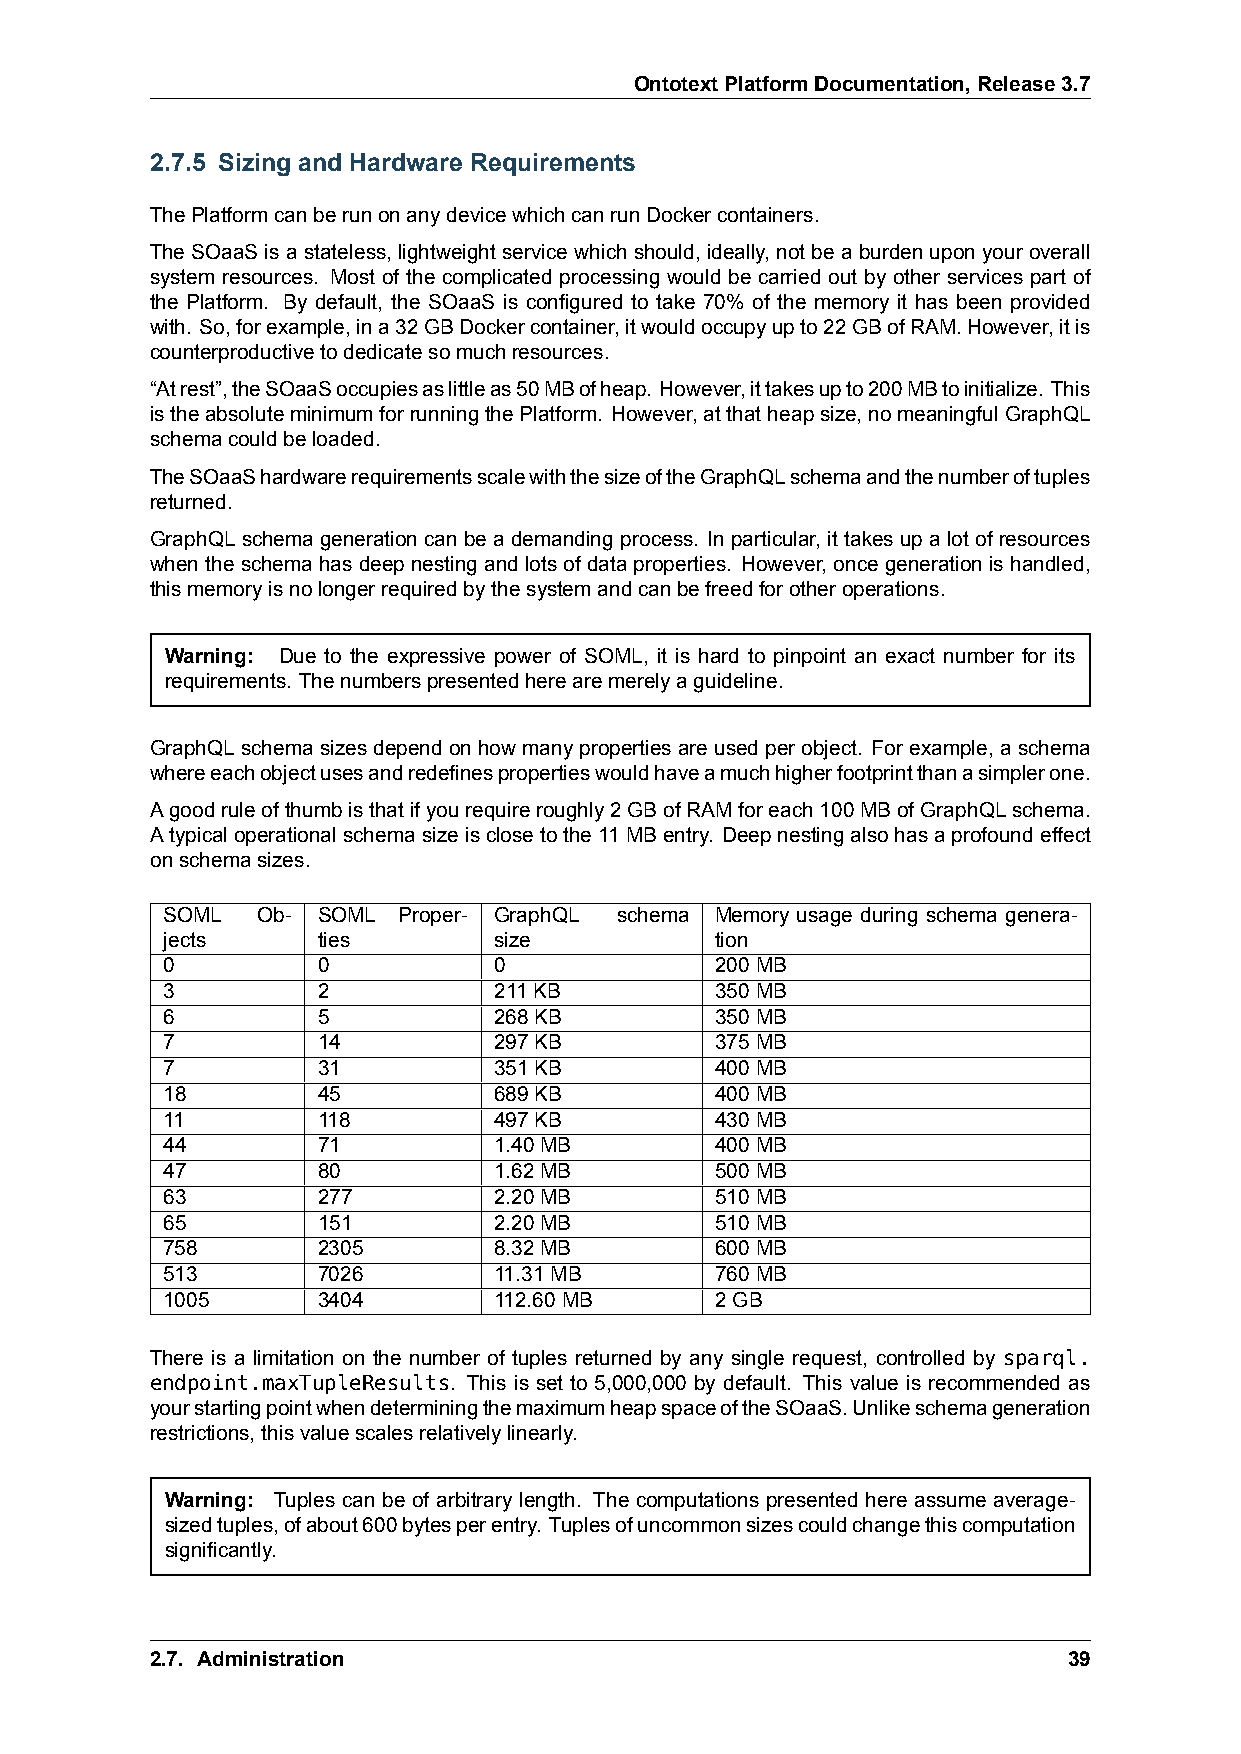
OntotextPlatformDocumentation,Release3.7
 2.7.5 Sizing and Hardware Requirements
 ThePlatformcanberunonanydevicewhichcanrunDockercontainers.
 TheSOaaS is a stateless, lightweight service which should, ideally, not be a burdenupon your overall
 system resources. Most of the complicated processing would be carried out by other services part of
 the Platform. By default, the SOaaS is configured to take 70% of the memory it has been provided
 with. So,forexample,ina32GBDockercontainer,itwouldoccupyupto22GBofRAM.However,itis
 counterproductivetodedicatesomuchresources.
 “Atrest”,theSOaaSoccupiesaslittleas50MBofheap. However,ittakesupto200MBtoinitialize. This
 istheabsoluteminimumforrunningthePlatform. However,atthatheapsize,nomeaningfulGraphQL
 schemacouldbeloaded.
 TheSOaaShardwarerequirementsscalewiththesizeoftheGraphQLschemaandthenumberoftuples
 returned.
 GraphQLschemagenerationcanbeademandingprocess. Inparticular, ittakesupalotofresources
 whentheschemahasdeepnestingandlotsofdataproperties. However, oncegenerationishandled,
 thismemoryisnolongerrequiredbythesystemandcanbefreedforotheroperations.
 Warning: Due to the expressive power of SOML, it is hard to pinpoint an exact number for its
 requirements. Thenumberspresentedherearemerelyaguideline.
 GraphQLschemasizesdependonhowmanypropertiesareusedperobject. Forexample, aschema
 whereeachobjectusesandredefinespropertieswouldhaveamuchhigherfootprintthanasimplerone.
 Agoodruleofthumbisthatifyourequireroughly2GBofRAMforeach100MBofGraphQLschema.
 Atypicaloperationalschemasizeisclosetothe11MBentry. Deepnestingalsohasaprofoundeffect
 onschemasizes.
 SOML  Ob- SOML Proper- GraphQL schema Memory usage during schema genera-
 jects     ties        size          tion
 0         0           0             200MB
 3         2           211KB         350MB
 6         5           268KB         350MB
 7         14          297KB         375MB
 7         31          351KB         400MB
 18        45          689KB         400MB
 11        118         497KB         430MB
 44        71          1.40MB        400MB
 47        80          1.62MB        500MB
 63        277         2.20MB        510MB
 65        151         2.20MB        510MB
 758       2305        8.32MB        600MB
 513       7026        11.31MB       760MB
 1005      3404        112.60MB      2GB
 There is a limitation on the number of tuples returned by any single request, controlled by sparql.
 endpoint.maxTupleResults. This is set to 5,000,000 by default. This value is recommended as
 yourstartingpointwhendeterminingthemaximumheapspaceoftheSOaaS.Unlikeschemageneration
 restrictions,thisvaluescalesrelativelylinearly.
 Warning: Tuples can be of arbitrary length. The computations presented here assume average-
 sizedtuples,ofabout600bytesperentry. Tuplesofuncommonsizescouldchangethiscomputation
 significantly.
 2.7. Administration                                          39